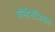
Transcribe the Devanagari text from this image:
पॉलीनॉमिअल